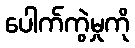
ပေါက်ကွဲမှုကို